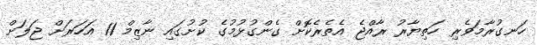
ހަނގުރާމަވެރި ހަތިޔާރު ރާއްޖެ އެތެރެކޮށް ގެންގުޅުމުގެ ކުށުގައި ނާޒިމް 11 އަހަރަށް ޖަލަށް